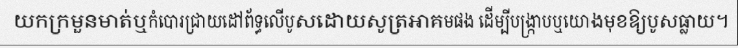
យកក្រមួនមាត់ឬកំបោរជ្រាយដៅព័ទ្ធលើបូសដោយសូត្រអាគមផង ដើម្បីបង្ក្រាបឬយោងមុខឱ្យបូសធ្លាយ។